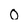
Character: 0